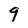
Character: 9